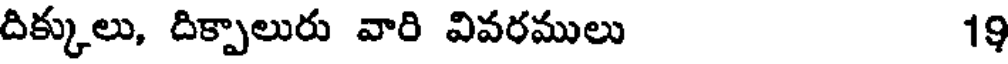
దిక్కులు, దిక్పాలురు వారి వివరములు 19